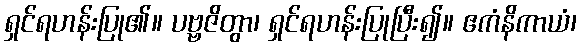
ရှင်ရဟန်းပြု၏။ ပဗ္ဗဇိတွာ၊ ရှင်ရဟန်းပြုပြီး၍။ ဧကံနိကာယံ၊